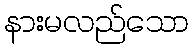
နားမလည်သော